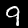
Label: 9